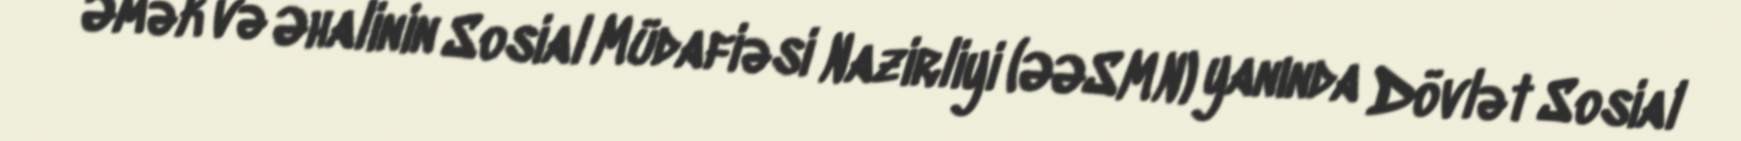
Əmək və Əhalinin Sosial Müdafiəsi Nazirliyi (ƏƏSMN) yanında Dövlət Sosial